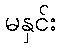
မနှင်း